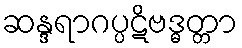
ဆန္ဒရာဂပ္ပဋိဗဒ္ဓတ္တာ